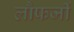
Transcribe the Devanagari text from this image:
लौफर्जी